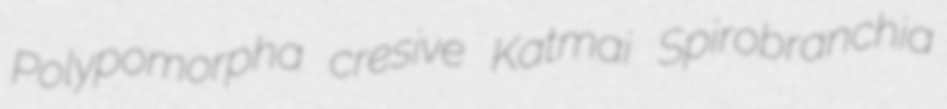
Polypomorpha cresive Katmai Spirobranchia